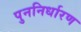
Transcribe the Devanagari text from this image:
पुननिर्धारण